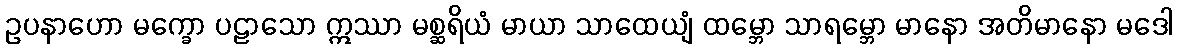
ဥပနာဟော မက္ခော ပဠာသော ဣဿာ မစ္ဆရိယံ မာယာ သာထေယျံ ထမ္ဘော သာရမ္ဘော မာနော အတိမာနော မဒေါ